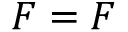
\boldsymbol { F } = \boldsymbol { F }